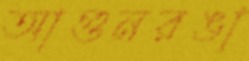
আগুনরঙা